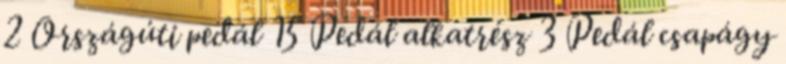
2 Országúti pedál 15 Pedál alkatrész 3 Pedál csapágy